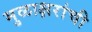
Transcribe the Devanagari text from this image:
मुळाक्षरांची